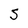
Character: S